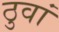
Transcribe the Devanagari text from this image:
ठुवां